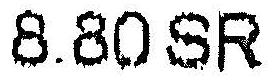
8.80 SR